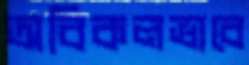
অবিকলভাবে